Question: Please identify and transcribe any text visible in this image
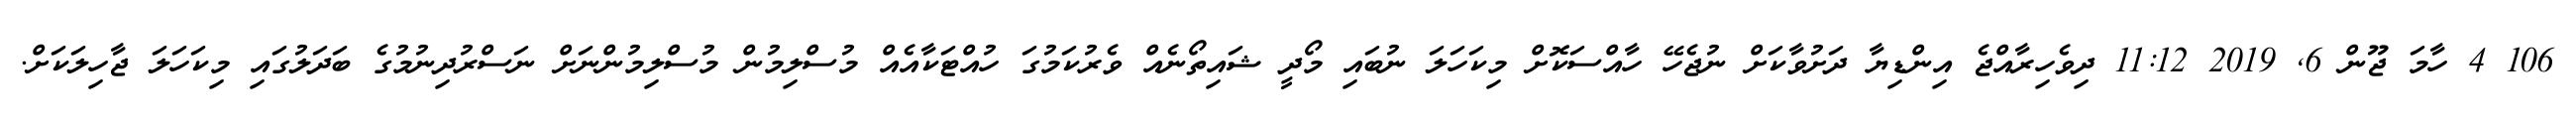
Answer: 106 4 ހާމަ ޖޫން 6, 2019 11:12 ދިވެހިރާއްޖެ އިންޑިޔާ ދަށުވާކަށް ނުޖެހޭ ހާއްސަކޮށް މިކަހަލަ ނުބައި މޯދީ ޝައިތޯނެއް ވެރުކަމުގަ ހުއްޓަކާއެއް މުސްލިމުން މުސްލިމުންނަށް ނަސްރުދިނުމުގެ ބަދަލުގައި މިކަހަލަ ޖާހިލަކަށް.